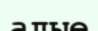
алые